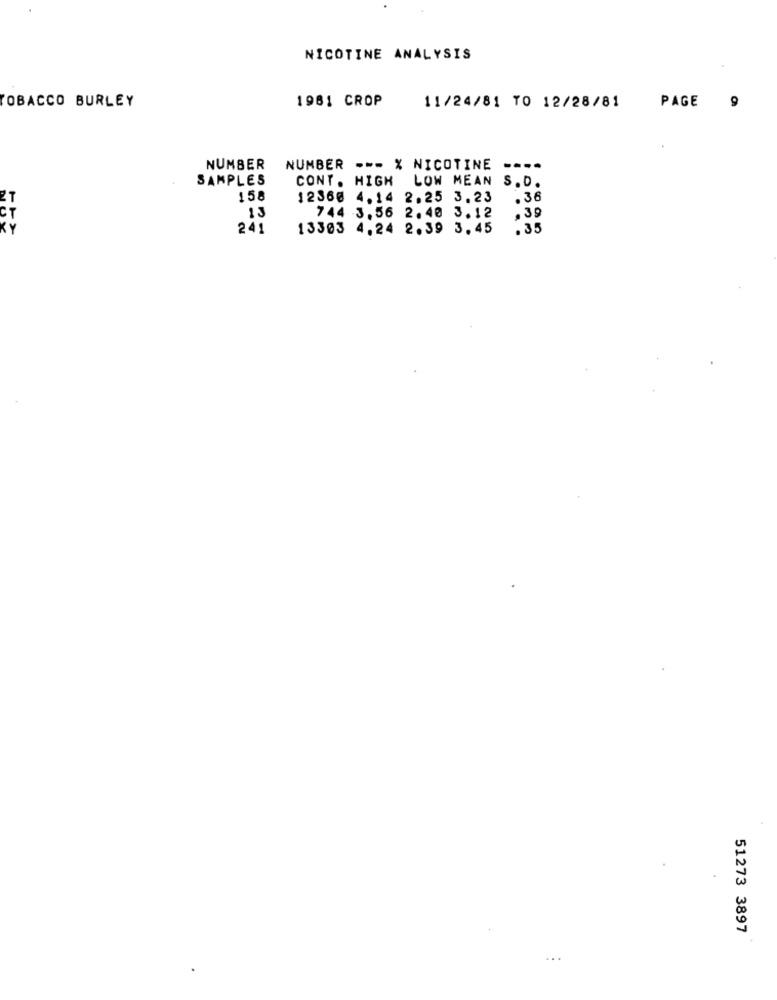
NICOTINE ANALYSIS
TOBACCO BURLEY
1981 CROP
11/24/81 TO 12/28/81
PAGE 9
NUMBER
NUMBER --- X NICOTINE
....
SAMPLES
CONT. HIGH LOW MEAN S.D.
158
1236@ 4.14 2.25 3.23
. 36
744 3.56 2.40 3.12
.39
13
KY
241
13303 4.24 2.39 3.45
,35
51273 3897